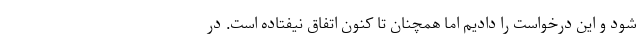
شود و این درخواست را دادیم اما همچنان تا کنون اتفاق نیفتاده است. در